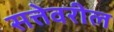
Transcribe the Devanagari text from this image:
सत्तेवरील